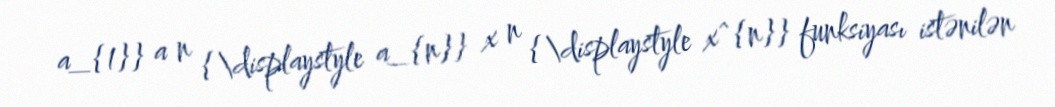
a_{1}} a n {\displaystyle a_{n}} x n {\displaystyle x^{n}} funksiyası istənilən